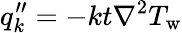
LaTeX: q_{k}^{\prime\prime}=-kt\nabla^{2}T_{\mathrm{w}}